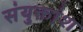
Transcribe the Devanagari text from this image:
संयुक्तांश